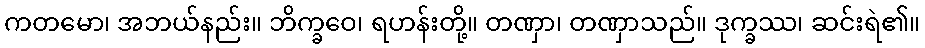
ကတမော၊ အဘယ်နည်း။ ဘိက္ခဝေ၊ ရဟန်းတို့။ တဏှာ၊ တဏှာသည်။ ဒုက္ခဿ၊ ဆင်းရဲ၏။